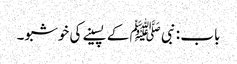
باب : نبی ﷺ کے پسینے کی خوشبو۔